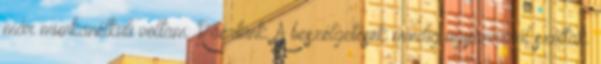
már munkanélküli voltam. Ráértünk. A beszélgetések mindig ugyanarról szóltak.